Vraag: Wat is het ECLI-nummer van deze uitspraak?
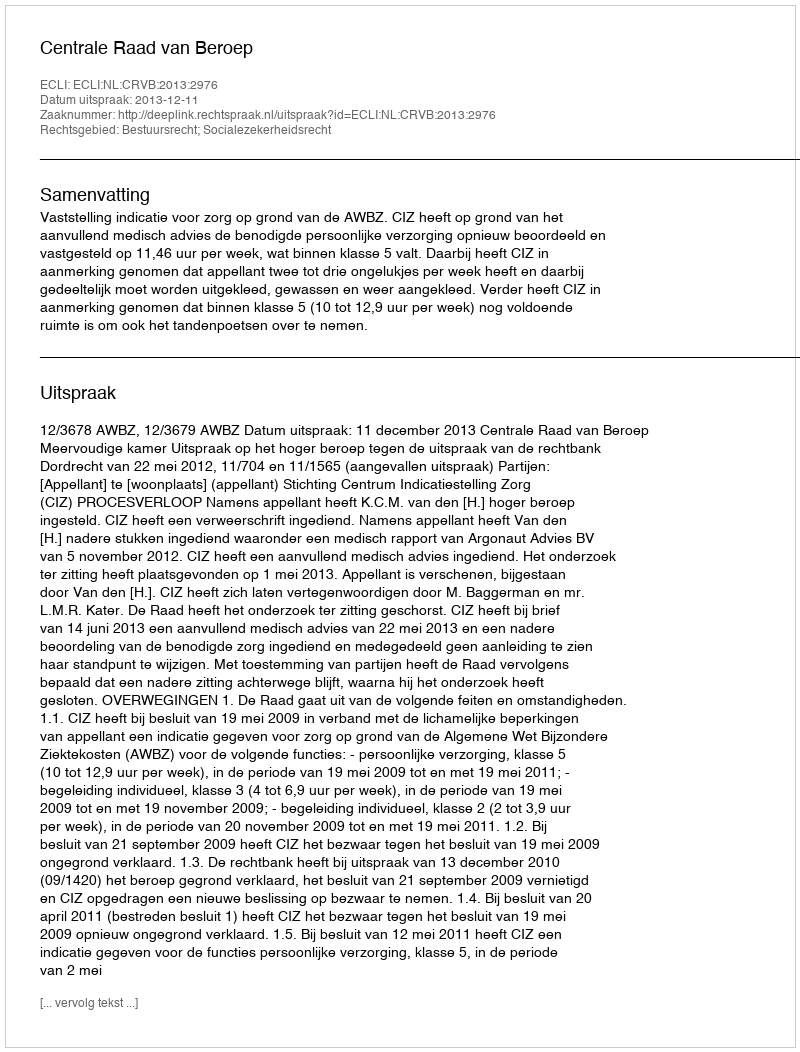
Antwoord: ECLI:NL:CRVB:2013:2976